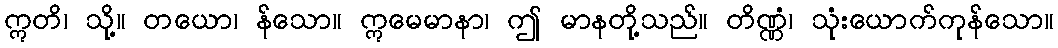
ဣတိ၊ သို့။ တယော၊ န်သော။ ဣမေမာနာ၊ ဤ မာနတို့သည်။ တိဏ္ဏံ၊ သုံးယောက်ကုန်သော။